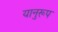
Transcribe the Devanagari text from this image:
यानुरूप